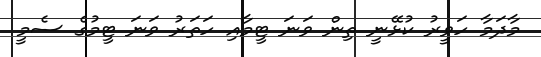
މާދަމާ ހަވީރު ކުޅޭނީ ތިން ވަނަ ޓީމާއި ހަތަރު ވަނަ ޓީމުގެ ސެމީ